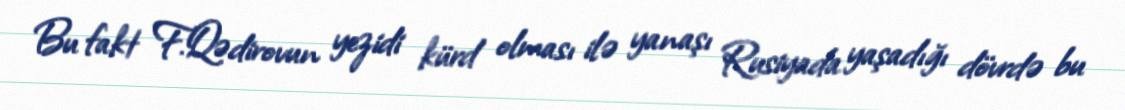
Bu fakt F.Qədirovun yezidi kürd olması ilə yanaşı Rusiyada yaşadığı dövrdə bu